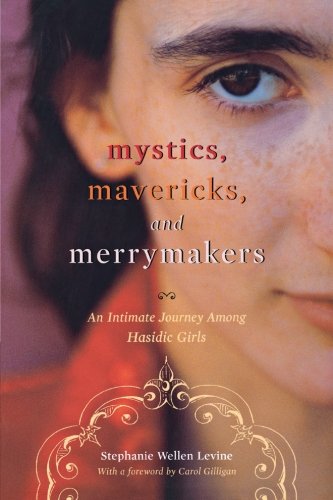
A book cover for Mystics, Mavericks, and Merrymakers: An Intimate Journey among Hasidic Girls; Stephanie Wellen Levine; Religion & Spirituality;